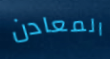
المعادن